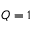
Q = 1